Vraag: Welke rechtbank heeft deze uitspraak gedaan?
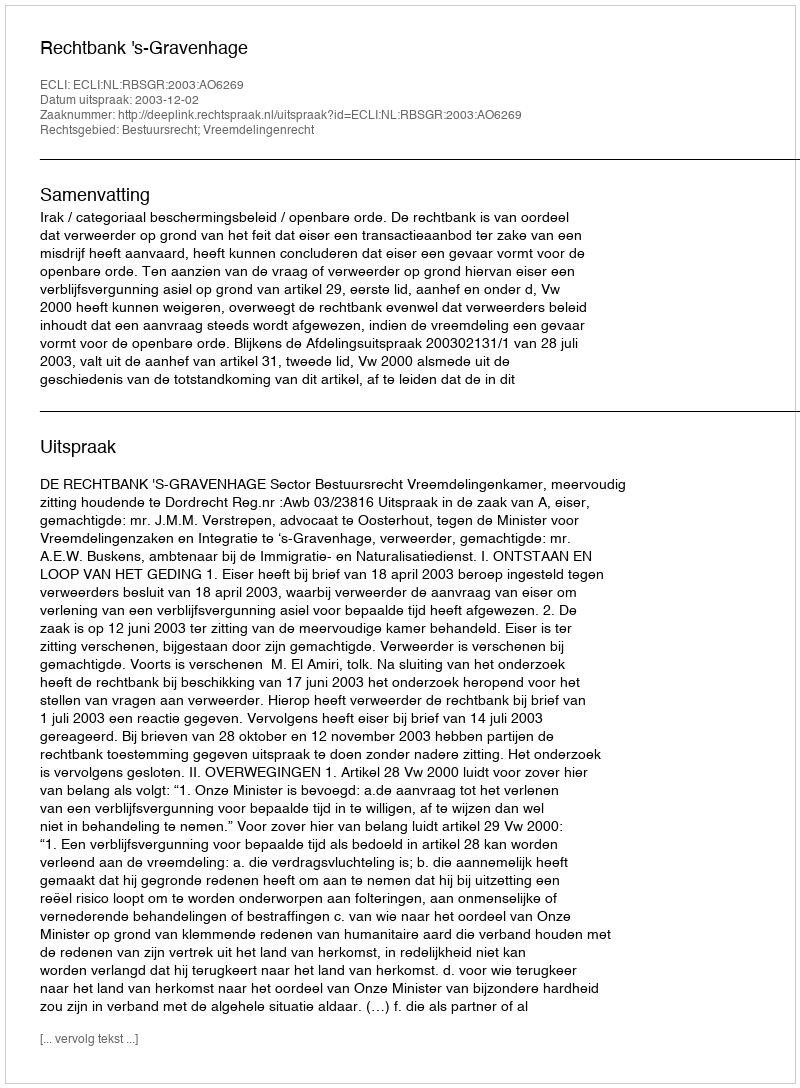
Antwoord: Rechtbank 's-Gravenhage